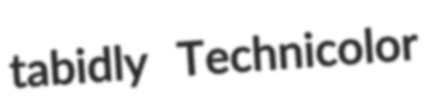
tabidly Technicolor